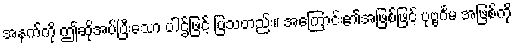
အနက်ကို ဤဆိုအပ်ပြီးသော ပါဌ်ဖြင့် ပြသတည်း။ အကြောင်း၏အဖြစ်ဖြင့် ပုဗ္ဗင်္ဂမ အဖြစ်ကို